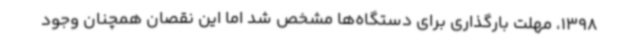
1398، مهلت بارگذاری برای دستگاه‌ها مشخص شد اما این نقصان همچنان وجود